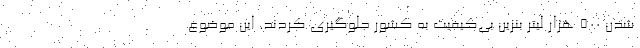
شدن ۵۰۰ هزار لیتر بنزین بی‌کیفیت به کشور جلوگیری کردند. این موضوع